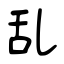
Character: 乱